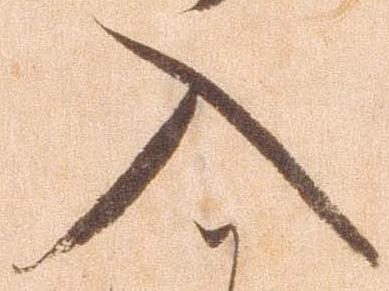
入